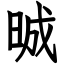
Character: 晠